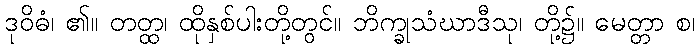
ဒုဝိဓံ၊ ၏။ တတ္ထ၊ ထိုနှစ်ပါးတို့တွင်။ ဘိက္ခုသံဃာဒီသု၊ တို့၌။ မေတ္တာ စ၊